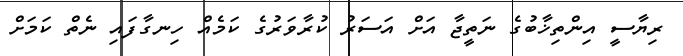
ރިޔާސީ އިންތިޚާބުގެ ނަތީޖާ އަށް އަސަރު ކުރާވަރުގެ ކަމެއް ހިނގާފައި ނެތް ކަމަށް